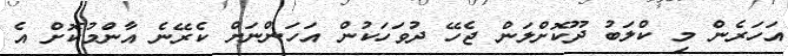
އަހަރެން މި ކްލަބު ދޫކޮށްލަން ޖެހޭ ދުވަހަކުން އަހަންނަށް ކެރޭނެ އާންުމުކޮށް އެ